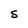
Character: S